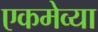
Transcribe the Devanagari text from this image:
एकमेव्या